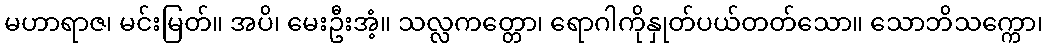
မဟာရာဇ၊ မင်းမြတ်။ အပိ၊ မေးဦးအံ့။ သလ္လကတ္တော၊ ရောဂါကိုနှုတ်ပယ်တတ်သော။ သောဘိသက္ကော၊